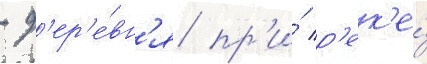
- д'ер'е́вн'я пр'и́ р'ек'е́